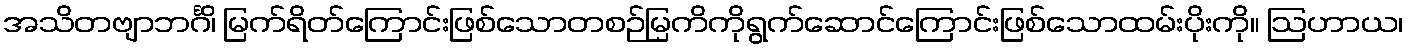
အသိတဗျာဘင်္ဂိ၊ မြက်ရိတ်ကြောင်းဖြစ်သောတစဉ်မြကိကိုရွက်ဆောင်ကြောင်းဖြစ်သောထမ်းပိုးကို။ ဩဟာယ၊